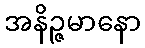
အနိဉ္ဇမာနော